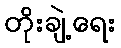
တိုးချဲ့ရေး